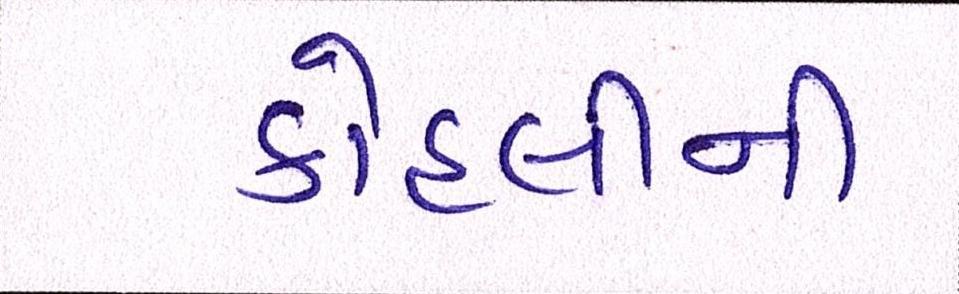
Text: કોહલીની